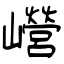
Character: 巆